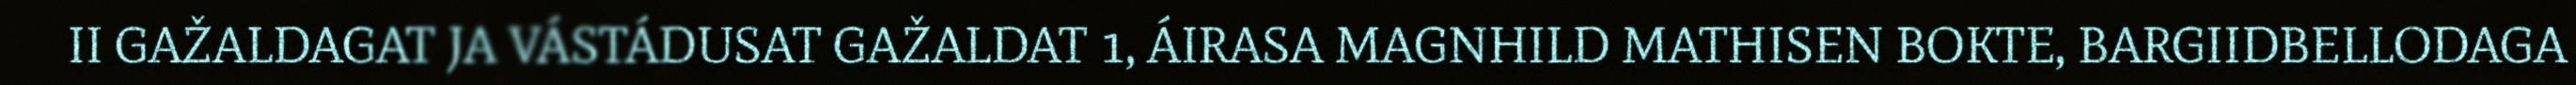
II GAŽALDAGAT JA VÁSTÁDUSAT GAŽALDAT 1, ÁIRASA MAGNHILD MATHISEN BOKTE, BARGIIDBELLODAGA